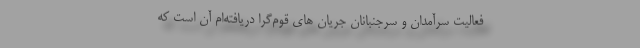
فعالیت سرآمدان و سرجنبانان جریان‌ های قوم‌گرا دریافته‌ام آن است که